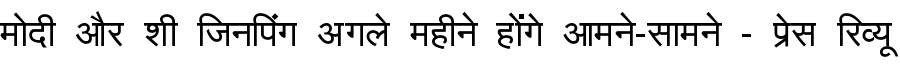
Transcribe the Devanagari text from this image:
मोदी और शी जिनपिंग अगले महीने होंगे आमने-सामने - प्रेस रिव्यू